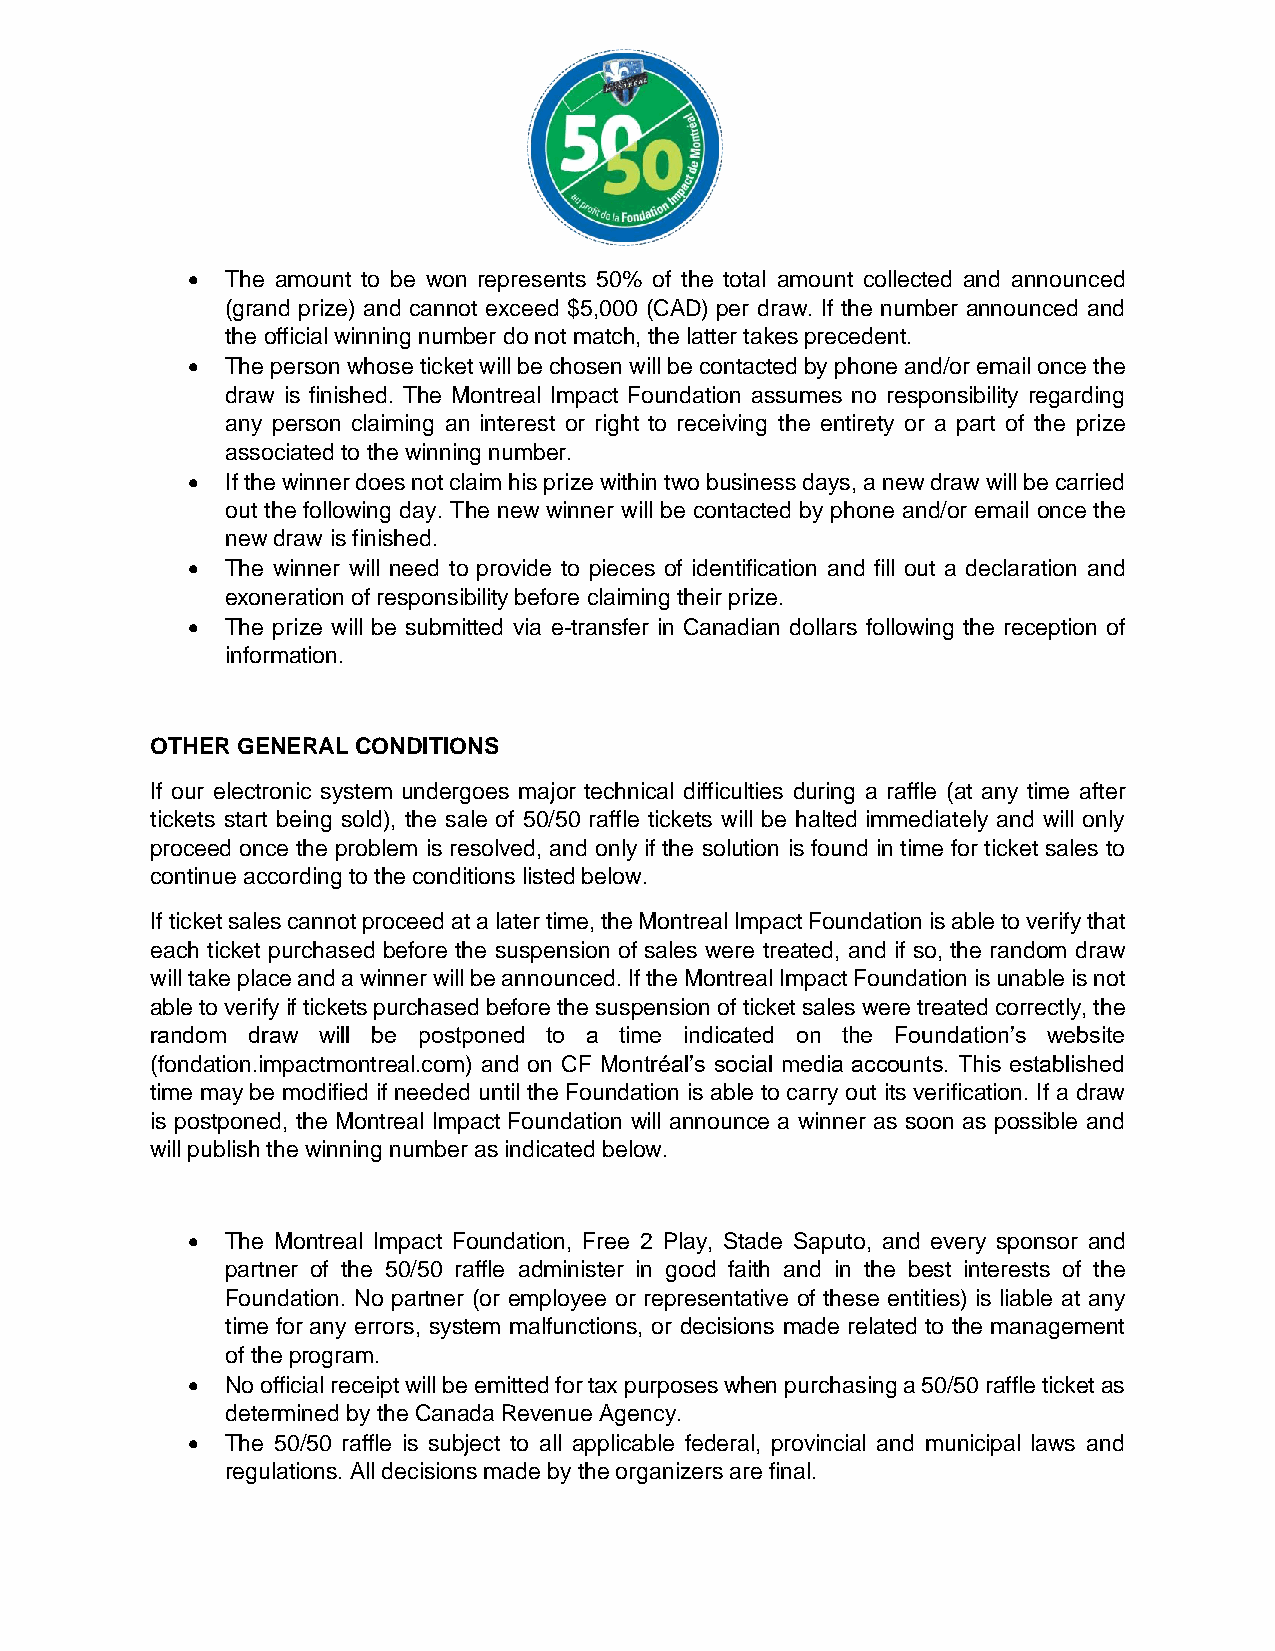
•  The amount to be won represents 50% of the total amount collected and announced
 (grand prize) and cannot exceed $5,000 (CAD) per draw. If the number announced and
 the official winning number do not match, the latter takes precedent.
 •  The person whose ticket will be chosen will be contacted by phone and/or email once the
 draw is finished. The Montreal Impact Foundation assumes no responsibility regarding
 any person claiming an interest or right to receiving the entirety or a part of the prize
 associated to the winning number.
 •  If the winner does not claim his prize within two business days, a new draw will be carried
 out the following day. The new winner will be contacted by phone and/or email once the
 new draw is finished.
 •  The winner will need to provide to pieces of identification and fill out a declaration and
 exoneration of responsibility before claiming their prize.
 •  The prize will be submitted via e-transfer in Canadian dollars following the reception of
 information.
 OTHER GENERAL CONDITIONS
 If our electronic system undergoes major technical difficulties during a raffle (at any time after
 tickets start being sold), the sale of 50/50 raffle tickets will be halted immediately and will only
 proceed once the problem is resolved, and only if the solution is found in time for ticket sales to
 continue according to the conditions listed below.
 If ticket sales cannot proceed at a later time, the Montreal Impact Foundation is able to verify that
 each ticket purchased before the suspension of sales were treated, and if so, the random draw
 will take place and a winner will be announced. If the Montreal Impact Foundation is unable is not
 able to verify if tickets purchased before the suspension of ticket sales were treated correctly, the
 random draw will be postponed to a time indicated on the Foundation’s website
 (fondation.impactmontreal.com) and on CF Montréal’s social media accounts. This established
 time may be modified if needed until the Foundation is able to carry out its verification. If a draw
 is postponed, the Montreal Impact Foundation will announce a winner as soon as possible and
 will publish the winning number as indicated below.
 •  The Montreal Impact Foundation, Free 2 Play, Stade Saputo, and every sponsor and
 partner of the 50/50 raffle administer in good faith and in the best interests of the
 Foundation. No partner (or employee or representative of these entities) is liable at any
 time for any errors, system malfunctions, or decisions made related to the management
 of the program.
 •  No official receipt will be emitted for tax purposes when purchasing a 50/50 raffle ticket as
 determined by the Canada Revenue Agency.
 •  The 50/50 raffle is subject to all applicable federal, provincial and municipal laws and
 regulations. All decisions made by the organizers are final.